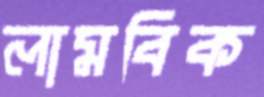
লামবিক